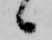
候